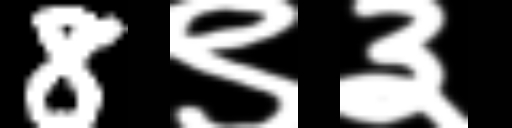
Text: 8९३